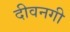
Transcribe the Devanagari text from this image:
दीवनगी